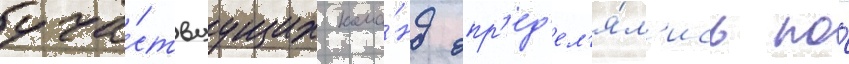
уча́ствуущих кома́нд опр'ед'ел'я́л'ись по́